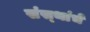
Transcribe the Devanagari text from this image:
संस्‍थांचे